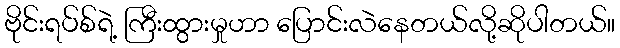
ဗိုင်းရပ်စ်ရဲ့ ကြီးထွားမှုဟာ ပြောင်းလဲနေတယ်လို့ဆိုပါတယ်။